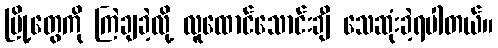
မြို့တွေကို ကြဲချခဲ့လို့ လူထောင်သောင်းချီ သေဆုံးခဲ့ရပါတယ်။